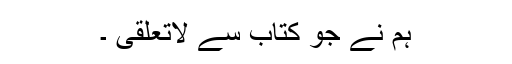
ہم نے جو کتاب سے لاتعلقی ۔